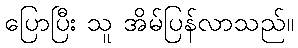
ပြောပြီး သူ အိမ်ပြန်လာသည်။